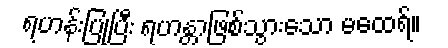
ရဟန်းပြုပြီး ရဟန္တာဖြစ်သွားသော မထေရ်။